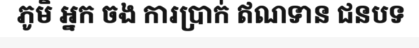
ភូមិ អ្នក ចង ការប្រាក់ ឥណទាន ជនបទ